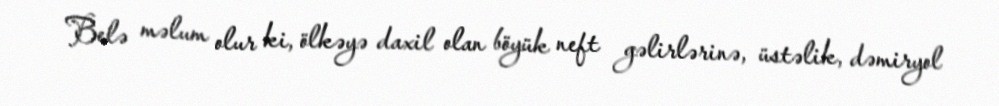
Belə məlum olur ki, ölkəyə daxil olan böyük neft gəlirlərinə, üstəlik, dəmiryol